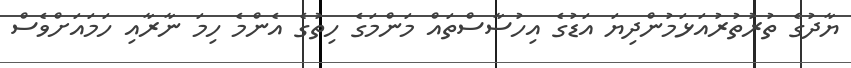
ޔާދުގެ ތުރުތުރުއަޅަމުންދިޔަ އަޑުގެ އިހުސާސްތައް މަންމަގެ ހިތުގެ އެންމެ ހިމަ ނާރާއި ހަމައަށްވެސް